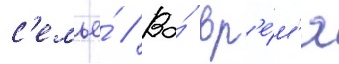
с'емье́ // Во́ вр'е́м'я